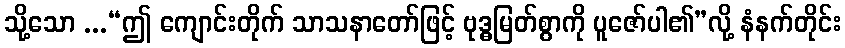
သို့သော ...“ဤ ကျောင်းတိုက် သာသနာတော်ဖြင့် ဗုဒ္ဓမြတ်စွာကို ပူဇော်ပါ၏”လို့ နံနက်တိုင်း